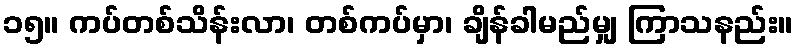
၁၅။ ကပ်တစ်သိန်းလာ၊ တစ်ကပ်မှာ၊ ချိန်ခါမည်မျှ ကြာသနည်း။